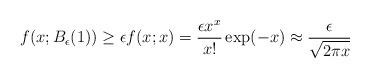
LaTeX: \begin{align*}f(x; B_\epsilon(1)) \geq \epsilon f(x; x)=\frac{\epsilon x^x}{x!} \exp(- x) \approx \frac{\epsilon}{\sqrt{2\pi x}}\end{align*}